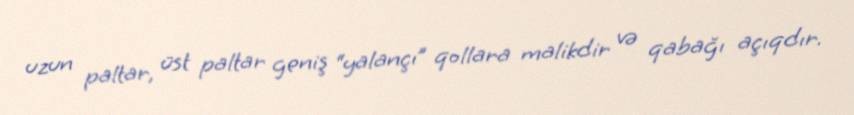
uzun paltar, üst paltar geniş “yalançı” qollara malikdir və qabağı açıqdır.